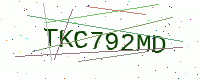
Text: TKC792MD